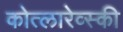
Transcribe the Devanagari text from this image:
कोत्लारेव्स्की